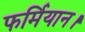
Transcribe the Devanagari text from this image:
फर्मियान।